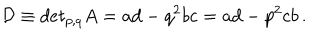
\mathcal { D } \equiv d e t _ { p , q } A = a d - q ^ { 2 } b c = a d - p ^ { 2 } c b \, .